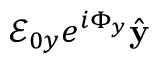
\mathcal { E } _ { 0 y } e ^ { i \Phi _ { y } } \hat { \mathbf { y } }